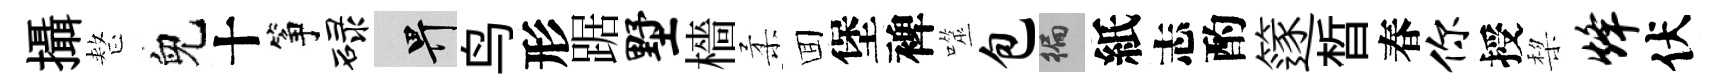
攝整兒十筝碌畀鸟形踞墅檣柔囬堡裨噬包徧紙志酌篴晳春你授棃烽伏